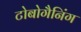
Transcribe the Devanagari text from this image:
टोबोगैनिंग